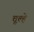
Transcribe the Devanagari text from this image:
चूल्‍हे